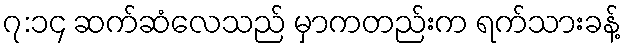
၇:၁၄ ဆက်ဆံလေသည် မှာကတည်းက ရက်သားခန့်